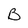
Character: B